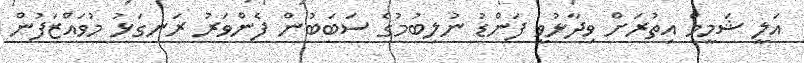
އަލީ ޝަމީމް އިތުރަށް ވިދާޅުވީ ފަންޑު ނުލިބުމުގެ ސަބަބުން ފެންވަރު ރަނގަޅު މުވައްޒަފުން